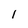
Character: l